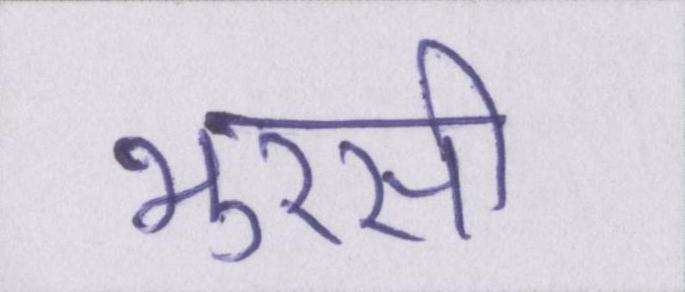
भुरसी